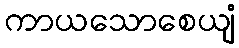
ကာယသောစေယျံ